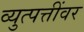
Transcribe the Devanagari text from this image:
व्युत्पत्तींवर